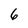
Character: 6